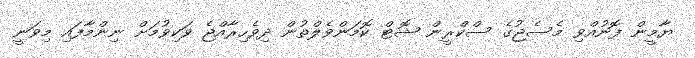
ޔާމީން ފޮނުއްވި މެސެޖުގެ ސްކްރީން ޝޮޓް ކޮމަންވެލްތުން ދިވެހިރާއްޖެ ވަކިވުމަށް ނިންމާފައި މިވަނީ